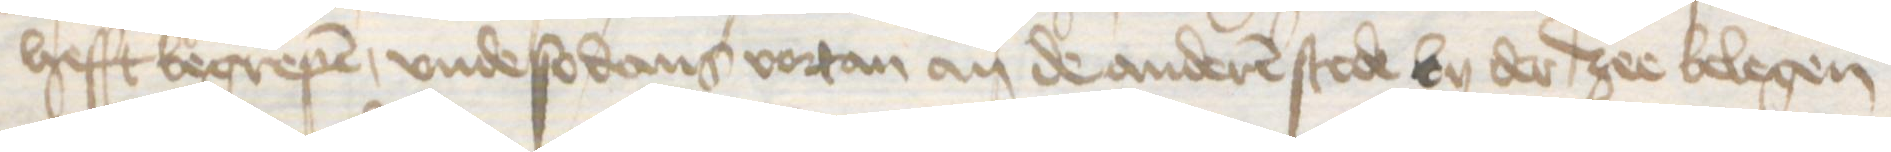
hefft begrepen, vnde so dans vortan an de anderen stede by der zee belegen